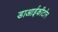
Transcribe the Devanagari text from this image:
डाआईकीटोन